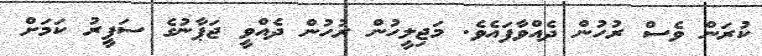
ކުރަން ވެސް ރުހުން ދެއްވާފައެވެ. މަޖިލީހުން ރުހުން ދެއްވީ ޖަޕާނުގެ ސަފީރު ކަމަށް